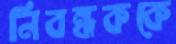
নিবন্ধককে